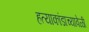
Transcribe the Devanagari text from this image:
हत्याकांडाच्यावेळी